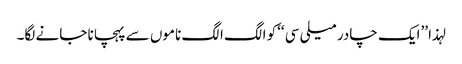
لہذا ’’ایک چادر میلی سی ‘‘کو الگ الگ ناموں سے پہچانا جانے لگا۔